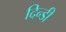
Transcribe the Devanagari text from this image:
दिन्डी